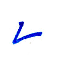
٧